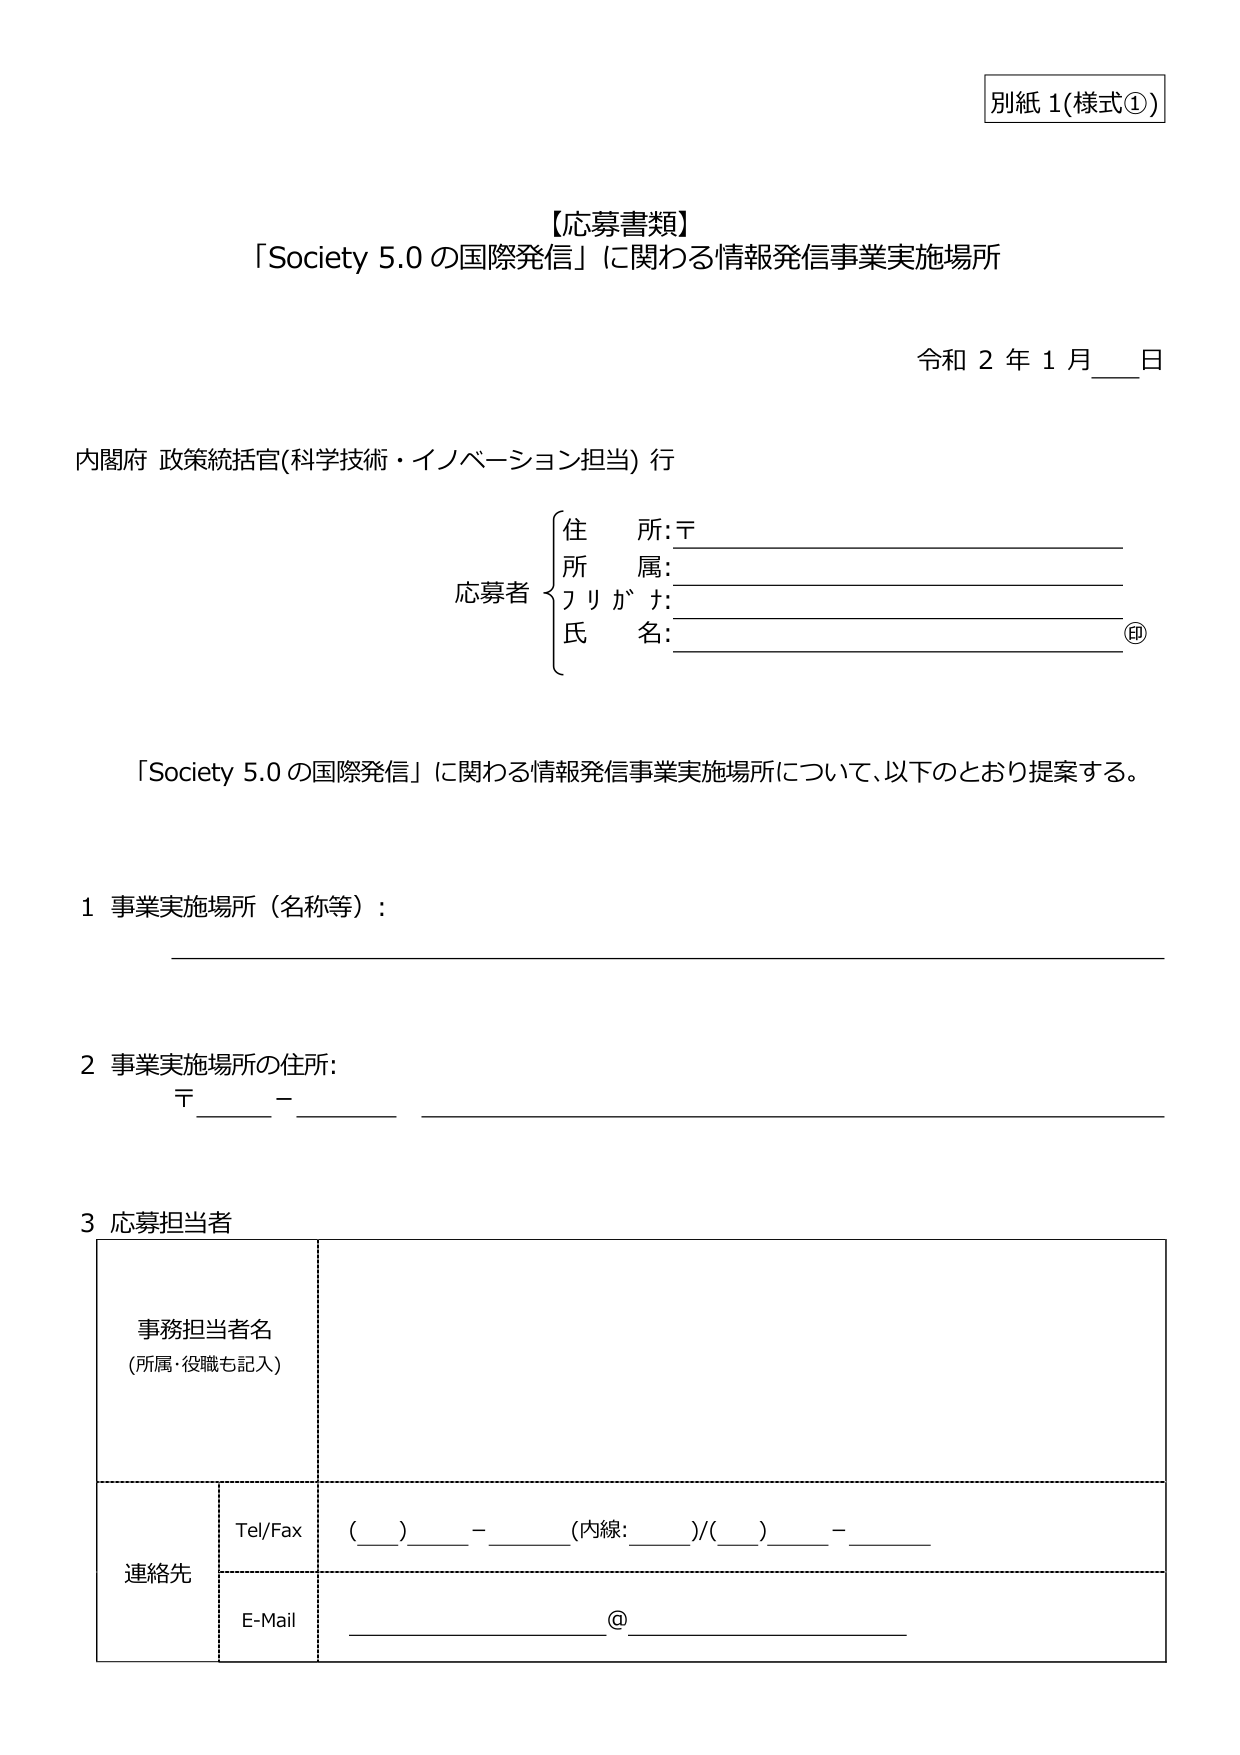
別紙 1(様式①)

【応募書類】
「Society 5.0 の国際発信」に関わる情報発信事業実施場所

令和 2 年 1 月 __ 日

内閣府 政策統括官(科学技術・イノベーション担当) 行

応募者
{
住所:〒
所属:
フリガナ:
氏名: